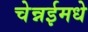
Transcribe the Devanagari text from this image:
चेन्नईमधे